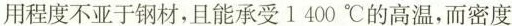
用程度不亚于钢材，且能承受1400℃的高温，而密度